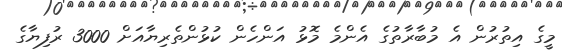
މީގެ އިތުރުން އެ މުބާރާތުގެ އެންމެ މޮޅު އަންހެން ކުޅުންތެރިޔާއަށް 3000 ރުފިޔާގެ